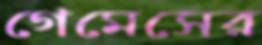
গেমেসের